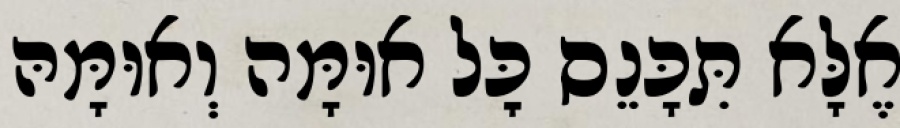
אֶלָּא תִּכָּנֵס כׇּל אוּמָּה וְאוּמָּהּ